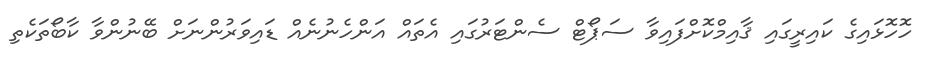
ހޮހޮޅައިގެ ކައިރީގައި ޤާއިމްކޮށްފައިވާ ސަޕޯޓް ސެންޓަރުގައި އެތައް އަންހެނުނެއް ޑައިވަރުންނަށް ބޭނުންވާ ކާބޯތަކެތި